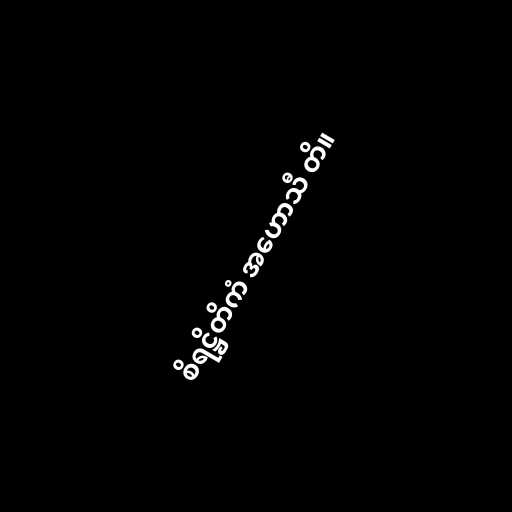
စိရဋ္ဌိတိကံ အဟောသီ တိ။